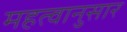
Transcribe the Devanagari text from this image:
महत्वानुसार